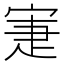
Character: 寁